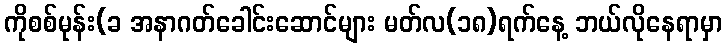
ကိုစစ်မုန်း(ခ အနာဂတ်ခေါင်းဆောင်များ မတ်လ(၁၈)ရက်နေ့ ဘယ်လိုနေရာမှာ